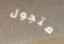
متجول